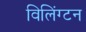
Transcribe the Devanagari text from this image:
विलिंग्‍टन